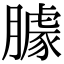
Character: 臄